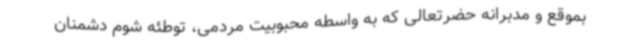
بموقع و مدبرانه حضرتعالی که به واسطه محبوبیت مردمی، توطئه شوم دشمنان